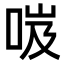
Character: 𠲺